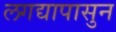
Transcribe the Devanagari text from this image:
लगद्यापासुन